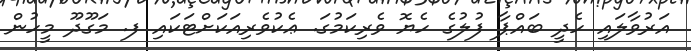
އަރުވާލައި ހެދީ ބައްޕާ ފުލުގެ ހެޔޮ ވެރިކަމުގަ. ޢެކުވެރިއަކަށްޓަކައި ފ. މަގޫދޫ މީހުން